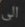
الى